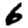
Digit: 6